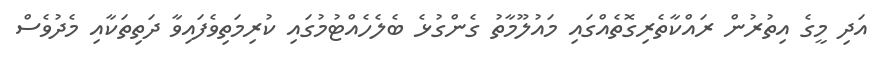
އަދި މީގެ އިތުރުން ރައްކާތެރިގޮތެއްގައި މައުލޫމާތު ގެންގުޅެ ބެލެހެއްޓުމުގައި ކުރިމަތިވެފައިވާ ދަތިތަކާއި މެދުވެސް